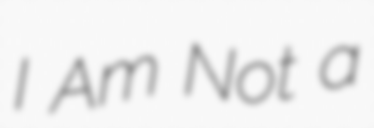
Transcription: I Am Not a